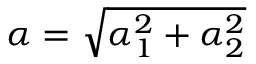
\alpha = \sqrt { \alpha _ { 1 } ^ { 2 } + \alpha _ { 2 } ^ { 2 } }